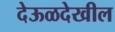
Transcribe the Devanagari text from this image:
देऊळदेखील